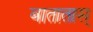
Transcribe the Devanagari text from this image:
बातातास्